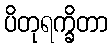
ပိတုရက္ခိတာ